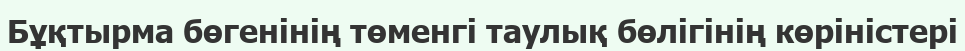
Бұқтырма бөгенінің төменгі таулық бөлігінің көріністері